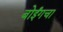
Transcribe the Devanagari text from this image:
बोईंगचा